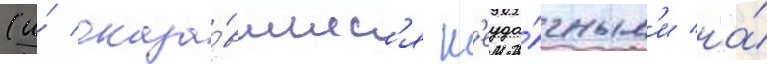
(и́ оказа́вшиес'я н'еуда́чным'и на́